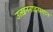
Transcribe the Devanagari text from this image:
उत्खननादरम्यान